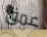
عمق